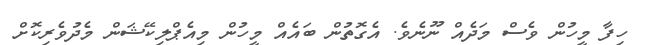
ހިފާ މީހުން ވެސް މަދެއް ނޫނެވެ. އެގޮތުން ބައެއް މީހުން މިއެޕްލިކޭޝަން މެދުވެރިކޮށް